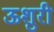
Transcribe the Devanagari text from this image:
ऊशुरी